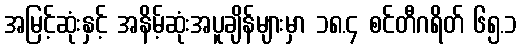
အမြင့်ဆုံးနှင့် အနိမ့်ဆုံးအပူချိန်များမှာ ၁၈.၄ စင်တီဂရိတ် ၆၅.၁